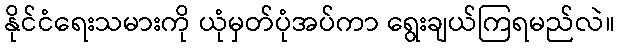
နိုင်ငံရေးသမားကို ယုံမှတ်ပုံအပ်ကာ ရွေးချယ်ကြရမည်လဲ။